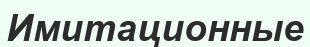
Имитационные